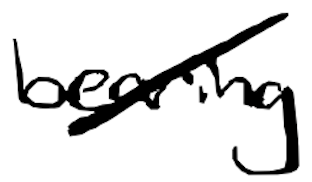
Text: bearing
Cross-out: diagonal
Writing tool: digital_black